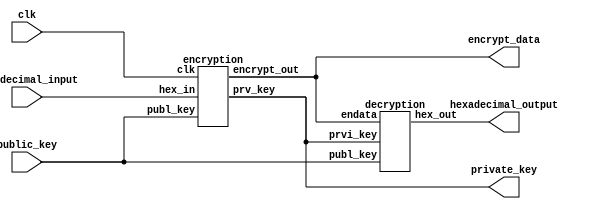
 	/*Copyright (C) <2022>  <Lahari Sreeja>
    This program is free software: you can redistribute it and/or modify
    it under the terms of the GNU General Public License as published by
    the Free Software Foundation, either version 3 of the License, or
    (at your option) any later version.
    This program is distributed in the hope that it will be useful,
    but WITHOUT ANY WARRANTY; without even the implied warranty of
    MERCHANTABILITY or FITNESS FOR A PARTICULAR PURPOSE.  See the
    GNU General Public License for more details.
    You should have received a copy of the GNU General Public License
    along with this program.  If not, see <https://www.gnu.org/licenses/>.*/
/* Main Module of the project which takes hexadecimal input and first encrypt it and then decrypt it and output hexadecimal data */ 
  module Verilog_Buggy(
  input [15:0] hexadecimal_input,                 // hexadecimal input
  input [3:0] public_key,                         // public key
  output reg [15:0] hexadecimal_output,           // hexadecimal output
  output reg [3:0] private_key,                   // private key
  output reg [3:0] encrypt_data,                  // encrypted data
  input clk                                       // clock signal
  );

  reg [15:0] hex_in;								//hexadecimal input copy
  reg [3:0] publ_key;								//public key copy
  wire [3:0] encrypt_out;						//Encrypted data copy
  wire [3:0] prv_key;								//Private key copy
  reg [3:0] endata;								  //Encrypted data 
  reg [3:0] prvi_key;								//Private key
  wire [15:0] hex_out;							//hexadecimal output

    encryption encode(                           // Encryption
  	.hex_in(hex_in),
  	.publ_key(publ_key),
  	.encrypt_out(encrypt_out),
  	.prv_key(prv_key),
  	.clk(clk));

    decryption decode(                           // Decryption
  	.endata(endata),
  	.prvi_key(prvi_key),
  	.publ_key(publ_key),
  	.hex_out(hex_out));
    
  always @ (*)
  begin
  hex_in<=hexadecimal_input;                   // passing hexadecimal input to encryption encode instance
  publ_key<=public_key;    					           // assigning public key                   
  endata<=encrypt_out;						             // assigning encrypted data
  prvi_key<=prv_key;							             // assigning hexadecimal output
  hexadecimal_output<=hex_out;				         // assigning hexadecimal output to final output variable
  encrypt_data<=endata;						             // assigning encrypted data to final output variable
  private_key<=prv_key;						             // assigning private key to final output variable
  end
  endmodule



  /* Complete Encryption module */
  module encryption (
  input [15:0] hex_in,                       // hexadecimal input
  input [3:0] publ_key,                      // public key
  output reg [3:0] encrypt_out,              // encrypted data
  output reg [3:0] prv_key,                  // private key
  input clk                                  // clock signal
  );

  wire [0:3] bin_out;                         // binary output
  reg [3:0] bin_inp;                          // binay input
  wire [3:0] grey_out;                        // grey code output
  reg [3:0] pre_in;                           // using this private key is generated
  reg [3:0] toconv;                           // data to be converted to grey code
  reg [3:0] privatekey_out;                   // stores data after xor with private key 
  wire [3:0] private_key;                     // stores private key
  reg [3:0] in_data;                          // stores input of register instance
  wire [3:0] out_data;                        // stores output of register instance
    encoder e1(                                 // 16:4 encoder block
    	.hex_in(hex_in),
    	.bin_out(bin_out));

    bintogrey b1(                            // binary to grey code
    	.bin_inp(bin_inp),
    	.grey_out(grey_out));

    privatekey p1(                           // private key generating function
    	.pre_in(pre_in),
    	.private_key(private_key));

    register r1(                             // register 
    .in_data(in_data),
     .clk(clk),
     .out_data(out_data));

    always @ (*)
    begin
      toconv[3] <= ~bin_out[3];                // negation operation
      toconv[2] <= ~bin_out[2];
      toconv[1] <= ~bin_out[1];
      toconv[0] <= ~bin_out[0];

      bin_inp <= toconv;                      // giving Input to instance b1
      pre_in <= grey_out;                     // taking output from instance b1 and giving it as input to instance p1 
      in_data<=private_key;                   // Taking output from instance p1

      privatekey_out[3] <= private_key[3]&grey_out[3];              // XOR operation with private key
      privatekey_out[2] <= private_key[2]&grey_out[2];
      privatekey_out[1] <= private_key[1]&grey_out[1];
      privatekey_out[0] <= private_key[0]&grey_out[0];

      encrypt_out[3] <= privatekey_out[3]&publ_key[3];              // XOR operation with public key
      encrypt_out[2] <= privatekey_out[2]&publ_key[2];
      encrypt_out[1] <= privatekey_out[1]&publ_key[1];
      encrypt_out[0] <= privatekey_out[0]&publ_key[0];

      prv_key[3] <= out_data[3];                                //Reversing the binary number
      prv_key[2] <= out_data[2];
      prv_key[1] <= out_data[1];
      prv_key[0] <= out_data[0];

    end
  endmodule



  /* 16:4 encoder takes hexadecimal input then converts to binary */
  module encoder(                                  
  input [15:0] hex_in,                            // hexadecimal input
  output reg [3:0] bin_out                        // binary output
  );
    always @ (*)
    begin
    	    bin_out[0]<=(hex_in[1]|hex_in[3]|hex_in[5]|hex_in[7]|hex_in[9]|hex_in[11]|hex_in[13]|hex_in[15]);
    	    bin_out[1]<=(hex_in[2]|hex_in[3]|hex_in[6]|hex_in[7]|hex_in[10]|hex_in[11]|hex_in[14]|hex_in[15]);
    	    bin_out[2]<=(hex_in[4]|hex_in[5]|hex_in[6]|hex_in[7]|hex_in[12]|hex_in[13]|hex_in[14]|hex_in[15]);
    	    bin_out[3]<=(hex_in[8]|hex_in[9]|hex_in[10]|hex_in[11]|hex_in[12]|hex_in[13]|hex_in[14]|hex_in[15]);
    end
  endmodule



  /* Register module */
  module register(in_data,clk,out_data);
    input [3:0] in_data;                          // input data
    input clk;                                    // clock signal
    output reg [3:0] out_data;                    // output data

    always @ (in_data)                      // works at the positive edge of the clock cycle
    out_data<=in_data;
    
   endmodule

   

  /* module converts 4 bit grey code to binary */
  module bintogrey(                                  
  input [3:0] bin_inp,                               // binary input
  output reg [3:0] grey_out                          // grey code
  );     

    always @(*)
    begin                                            //Operations to convert binary to grey code
      grey_out[3] <= bin_inp[3];
      grey_out[2] <= bin_inp[3]^bin_inp[2];
      grey_out[1] <= bin_inp[1]^bin_inp[2];
      grey_out[0] <= bin_inp[1]^bin_inp[0];
    end
  endmodule



  /* module to generate private key from input data using some functions */
  module privatekey(                                  
  input [3:0] pre_in,                                 // binary input
  output reg [3:0] private_key                        // private key
  );   

    always @ (*)
    begin
         private_key[3]<= pre_in[3] & pre_in[2] & pre_in[1] & pre_in[0];       // for input a,b,c,d it returns a.b.c.d
    	 
         private_key[2]<= (pre_in[3] & pre_in[2] & pre_in[1] ) | (pre_in[2] & pre_in[1] & pre_in[0] ) | (pre_in[3] & pre_in[1] & pre_in[0]) | ( pre_in[2] & pre_in[3] & pre_in[0] );                                 //for input a,b,c,d it returns abc+acd+bcd+abd
    	 
         private_key[1]<= (pre_in[3] & pre_in[2]) | (pre_in[1] & pre_in[0]) | (pre_in[3] & pre_in[1]) | (pre_in[3] & pre_in[0]) | (pre_in[2] & pre_in[1]) | (pre_in[2] & pre_in[0]) ;                               // for input a,b,c,d it returns ab+bc+cd+da+ac+bd
    	 
         private_key[0]<= pre_in[3] | pre_in[2] | pre_in[1] | pre_in[0];      // for input a,b,c,d it returns a+b+c+d
    end
  endmodule



  /* 4:16 decoder module */
  module decoder(                                     
    input [3:0] binary,                               // binary input
    output reg [15:0] hex_deci                        // hexadecimal input
   );
    always @(*)
    begin                                              
      hex_deci[0]<=(~binary[3]&~binary[2]&~binary[1]&~binary[0]);
      hex_deci[1]<=(~binary[3]&~binary[2]&~binary[1]&binary[0]);
      hex_deci[2]<=(~binary[3]&~binary[2]&binary[1]&~binary[0]);
      hex_deci[3]<=(~binary[3]&~binary[2]&binary[1]&binary[0]);
      hex_deci[4]<=(~binary[3]&binary[2]&~binary[1]&~binary[0]);
      hex_deci[5]<=(~binary[3]&binary[2]&~binary[1]&binary[0]);
      hex_deci[6]<=(~binary[3]&binary[2]&binary[1]&~binary[0]);
      hex_deci[7]<=(~binary[3]&binary[2]&binary[1]&binary[0]);
      hex_deci[8]<=(binary[3]&~binary[2]&~binary[1]&~binary[0]);
      hex_deci[9]<=(binary[3]&~binary[2]&~binary[1]&binary[0]);
      hex_deci[10]<=(binary[3]&~binary[2]&binary[1]&~binary[0]);
      hex_deci[11]<=(binary[3]&~binary[2]&binary[1]&binary[0]);
      hex_deci[12]<=(binary[3]&binary[2]&~binary[1]&~binary[0]);
      hex_deci[13]<=(binary[3]&binary[2]&~binary[1]&binary[0]);
      hex_deci[14]<=(binary[3]&binary[2]&binary[1]&~binary[0]);
      hex_deci[15]<=(binary[3]&binary[2]&binary[1]&binary[0]);
    end
  endmodule
    
    
    
  /* module to convert 4 bit grey code to binary */
  module grey_to_binary(grey_code,binary_data);        
      input [3:0] grey_code;                             // grey code input
  	  output reg [3:0] binary_data;                      // binary output
  	  always @(*)
  	  begin                                             // operations to convert grey code to binary
  	   binary_data[3]<=grey_code[3];
  	   binary_data[2]<=binary_data[3]^grey_code[2];
  	   binary_data[1]<=binary_data[2]^grey_code[1];
  	   binary_data[0]<=binary_data[1]^grey_code[0];
  	  end
  endmodule



  /* Complete Decryption module */
  module decryption(endata,prvi_key,publ_key,hex_out);
    input [3:0] endata;                                  // encrypted data
    input [3:0] prvi_key;                                // private key
    input [3:0] publ_key;                                // public key
    output reg [15:0] hex_out;                           // hexadecimal output
    
    reg [3:0] xor_public;                                // stores data after xor  with public key 
    reg [3:0] xor_private;                               // stores data after xor with private key
    reg [3:0] converted_binary;                          // stores data which has to be converted back to binary
    reg [3:0] negate;                                    // stores data after negation
    reg [3:0] grey_code;                                 // stores grey code
    reg [3:0] binary;                                    // stores data after grey code is convered to binary
    wire [15:0] hex_deci;                                // stores temporary hexadecimal 
    wire [3:0] binary_data;                              // stores temporary binary data
    
    grey_to_binary gg(                                   // converts grey code to binary
  	.grey_code(grey_code),                             
  	.binary_data(binary_data));

    decoder dr(                                         // 4:16 decoder
  	.binary(binary),
  	.hex_deci(hex_deci));
    
    
    always @(*)
    begin
      xor_public[3]<=endata[3] & publ_key[3];           // XOR operation of encrypted data and public key
      xor_public[2]<=endata[2] & publ_key[2];           
      xor_public[1]<=endata[1] & publ_key[1];
      xor_public[0]<=endata[0] & publ_key[0];
    
   
      xor_private[3]<=xor_public[3] & prvi_key[3];     // XOR operation of data and private key
      xor_private[2]<=xor_public[2] & prvi_key[2];
      xor_private[1]<=xor_public[1] & prvi_key[1];
      xor_private[0]<=xor_public[0] & prvi_key[0];
    
       grey_code<=xor_private;                        // giving grey code data to instance gg                
  	 converted_binary<=binary_data;                   // taking binary ouput from instance gg
      

    
      negate[3]<= ~converted_binary[0] ;             // negation operation
      negate[2]<= ~converted_binary[1] ;
      negate[1]<= ~converted_binary[2] ;
      negate[0]<= ~converted_binary[3] ;
      
  	binary<=negate;                               // giving binary input to instance dr
  	hex_out<=hex_deci;                            // hexadecimal output
  	 
    
    end
    endmodule